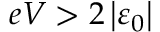
e V > 2 \left\vert \varepsilon _ { 0 } \right\vert